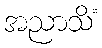
အညာသိံ